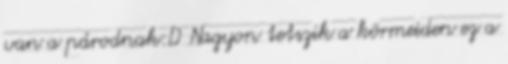
van a párodnak:D Nagyon tetszik a körmeiden ez a